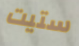
ستيت